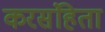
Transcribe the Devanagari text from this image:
करसंहिता